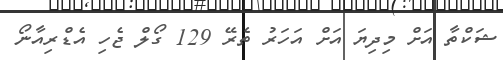
ޝަކްތާ އަށް މިދިޔަ އަށް އަހަރު ތެރޭ 129 ގޯލް ޖެހި އެޑްރިއާނޯ